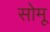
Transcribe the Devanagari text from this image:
सोमू